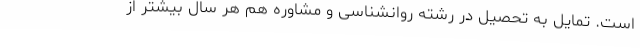
است. تمایل به تحصیل در رشته روانشناسی و مشاوره هم هر سال بیشتر از